Annual administration and progress report of the Indian Medical Department, Bombay
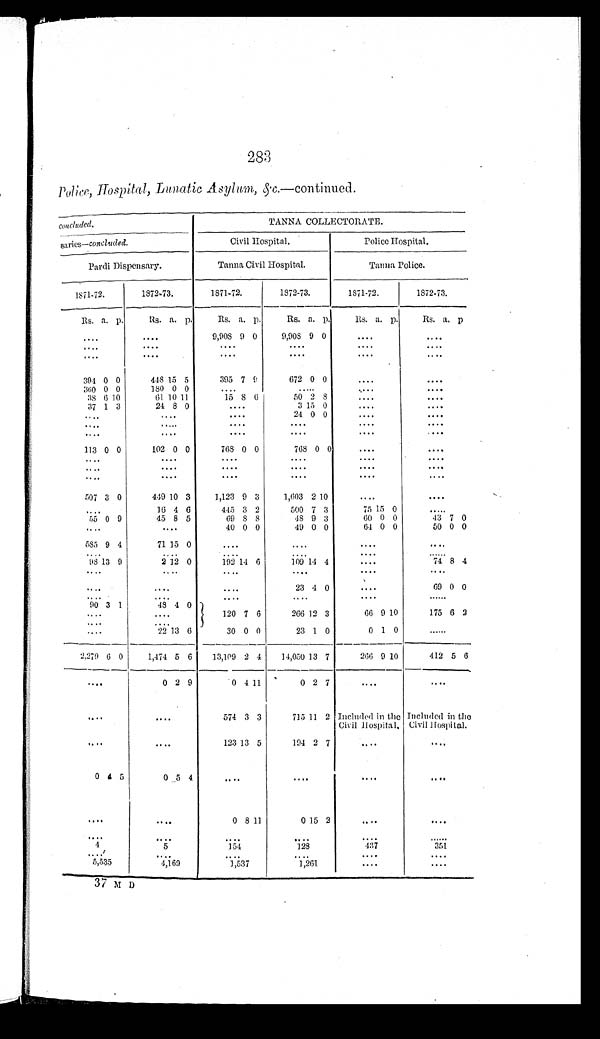
283
Police, Hospital, Lunatic Asylum,& c . —
c o n t i n u e d .
concluded.
TANNA COLLECTORATE.
saries—concluded,
Civil Hospital.
Police Hospital.
Pardi Dispensary.
Tanna Civil Hospital.
Tanna Police.
1871-72.
1872-73.
1871.72.
1872-73.
1871-72.
1872-73.
Rs. a. p.
Rs. a. p.
Rs. a. p.
Rs. a. p.
Rs. a. p.
Rs. a. p
. . .
. . .
9,908 9 0
9,908 9 0
. . .
. . .
. . .
. . .
. . .
. . .
. . .
. . .
. . .
. . .
. . .
. . .
. . .
. . .
394 0 0
448 15 5
395 7 9
672 0 0
. . .
. . .
3 6 0
0 0
180 0 0
. . .
. . .
. . .
. . .
38 6 10
61 10 11
15 8 6
50 2 8
. . .
. . .
37 1 3
24 8 0
. . .
3 15 0
. . .
. . .
. . .
. . .
. . .
24 0 0
. . .
. . .
. . .
. . .
. . .
. . .
. . .
. . .
. . .
. . .
. . .
. . .
. . .
. . .
113 0 0
102 0 0
768 0 0
768 0 0
. . .
. . .
. . .
. . .
. . .
. . .
. . .
. . .
. . .
. . .
. . .
. . .
. . .
. . .
. . .
. . .
. . .
. . .
. . .
. . .
507 3 0
449 10 3
1,123 9 3
1,603 2
1 0
. . .
. . .
. . .
16 4 6
445 3 2
500 7 3
75 15 0
. . .
55 0 9
45 8 5
69
8 8
48 9 3
60 0 0
4 3
7 0
. . .
40 0 0
49 0 0
64 0 0
50 0 0
. . .
585 9 4
71 15 0
. . .
. . .
. . .
. . .
. . .
. . .
. . .
. . .
. . .
. . .
98 13 9
2 12 0
192 14 6
109 14 4
. . .
74 8 4
. . .
. . .
. . .
. . .
. . .
. . .
. . .
. . .
. . .
23 4 0
. . .
69 0 0
. . .
. . .
. . .
. . .
. . .
. . .
90 3 1
48
4 0
120 7 6
266 12 3
66 9 10
175 6 2
. . .
. . .
. . .
. . .
. . .
2 2 1 3 6
30 0 0
23 1 0
0 1 0
. . .
2,279 6 0
1,474 5 6
13,109 2 4
14,050 13 7
266 9 10
412 5 6
. . .
0 2 9
0 4
11
0 2 7
. . .
. . .
. . .
. . .
574 3 3
715 11 2 Included in the
Civil Hospital.
Included in the
Civill Hospital.
. . .
. . .
123 13 5
194 2 7
. . .
. . .
0 4 5
0 5 4
. . .
. . .
. . .
. . .
. . .
. . .
0 8 11
0 15 2
. . .
. . .
. . .
. . .
. . .
. . .
. . .
. . .
4
5
1 5 4
128
437
3 5 1
. . .
. . .
. . .
. . .
. . .
. . .
5,535
4,169
1,537
1,261
. . .
. . .
37 M D